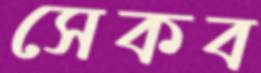
সেকব